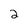
Character: 2